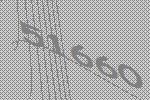
51660